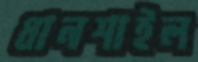
ধানশাইল